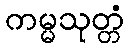
ကမ္မသုတ္တံ